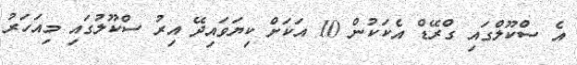
އެ ސްކޫލްގައި ގްރޭޑް އެކަކުން 10 އަކަށް ކިޔަވައިދޭ އިރު ސްކޫލުގައި މިއަހަރު